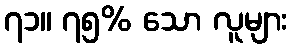
၇၁။ ၇၅% သော လူများ